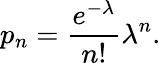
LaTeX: p_{n}=\frac{e^{-\lambda}}{n!}\lambda^{n}.